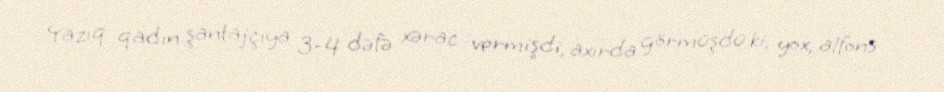
Yazıq qadın şantajçıya 3-4 dəfə xərac vermişdi, axırda görmüşdü ki, yox, alfons